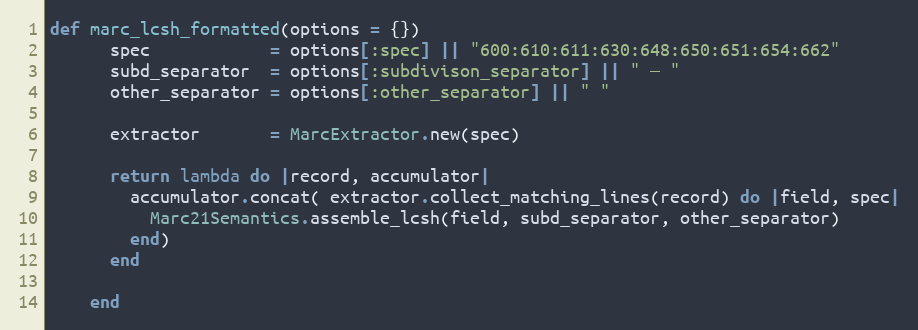
Language: Ruby
def marc_lcsh_formatted(options = {})
      spec            = options[:spec] || "600:610:611:630:648:650:651:654:662"
      subd_separator  = options[:subdivison_separator] || " — "
      other_separator = options[:other_separator] || " "

      extractor       = MarcExtractor.new(spec)

      return lambda do |record, accumulator|
        accumulator.concat( extractor.collect_matching_lines(record) do |field, spec|
          Marc21Semantics.assemble_lcsh(field, subd_separator, other_separator)
        end)
      end

    end